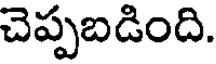
చెప్పబడింది.